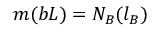
m ( b L ) = N _ { B } ( l _ { B } )